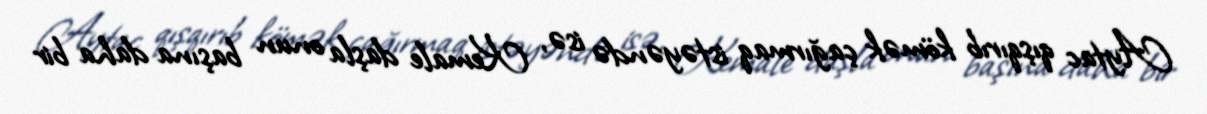
Aytac qışqırıb kömək çağırmaq istəyəndə isə, Kemale daşla onun başına daha bir